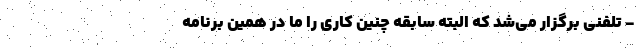
- تلفنی برگزار می‌شد که البته سابقه چنین کاری را ما در همین برنامه